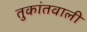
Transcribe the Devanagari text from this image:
तुकांतवाली